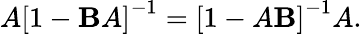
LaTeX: A\left[1-\mathbf{B}A\right]^{-1}=\left[1-A\mathbf{B}\right]^{-1}A.